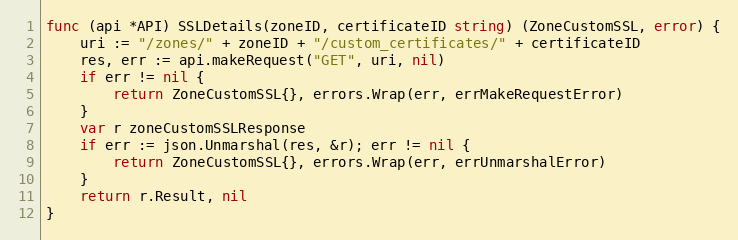
Language: Go
func (api *API) SSLDetails(zoneID, certificateID string) (ZoneCustomSSL, error) {
	uri := "/zones/" + zoneID + "/custom_certificates/" + certificateID
	res, err := api.makeRequest("GET", uri, nil)
	if err != nil {
		return ZoneCustomSSL{}, errors.Wrap(err, errMakeRequestError)
	}
	var r zoneCustomSSLResponse
	if err := json.Unmarshal(res, &r); err != nil {
		return ZoneCustomSSL{}, errors.Wrap(err, errUnmarshalError)
	}
	return r.Result, nil
}